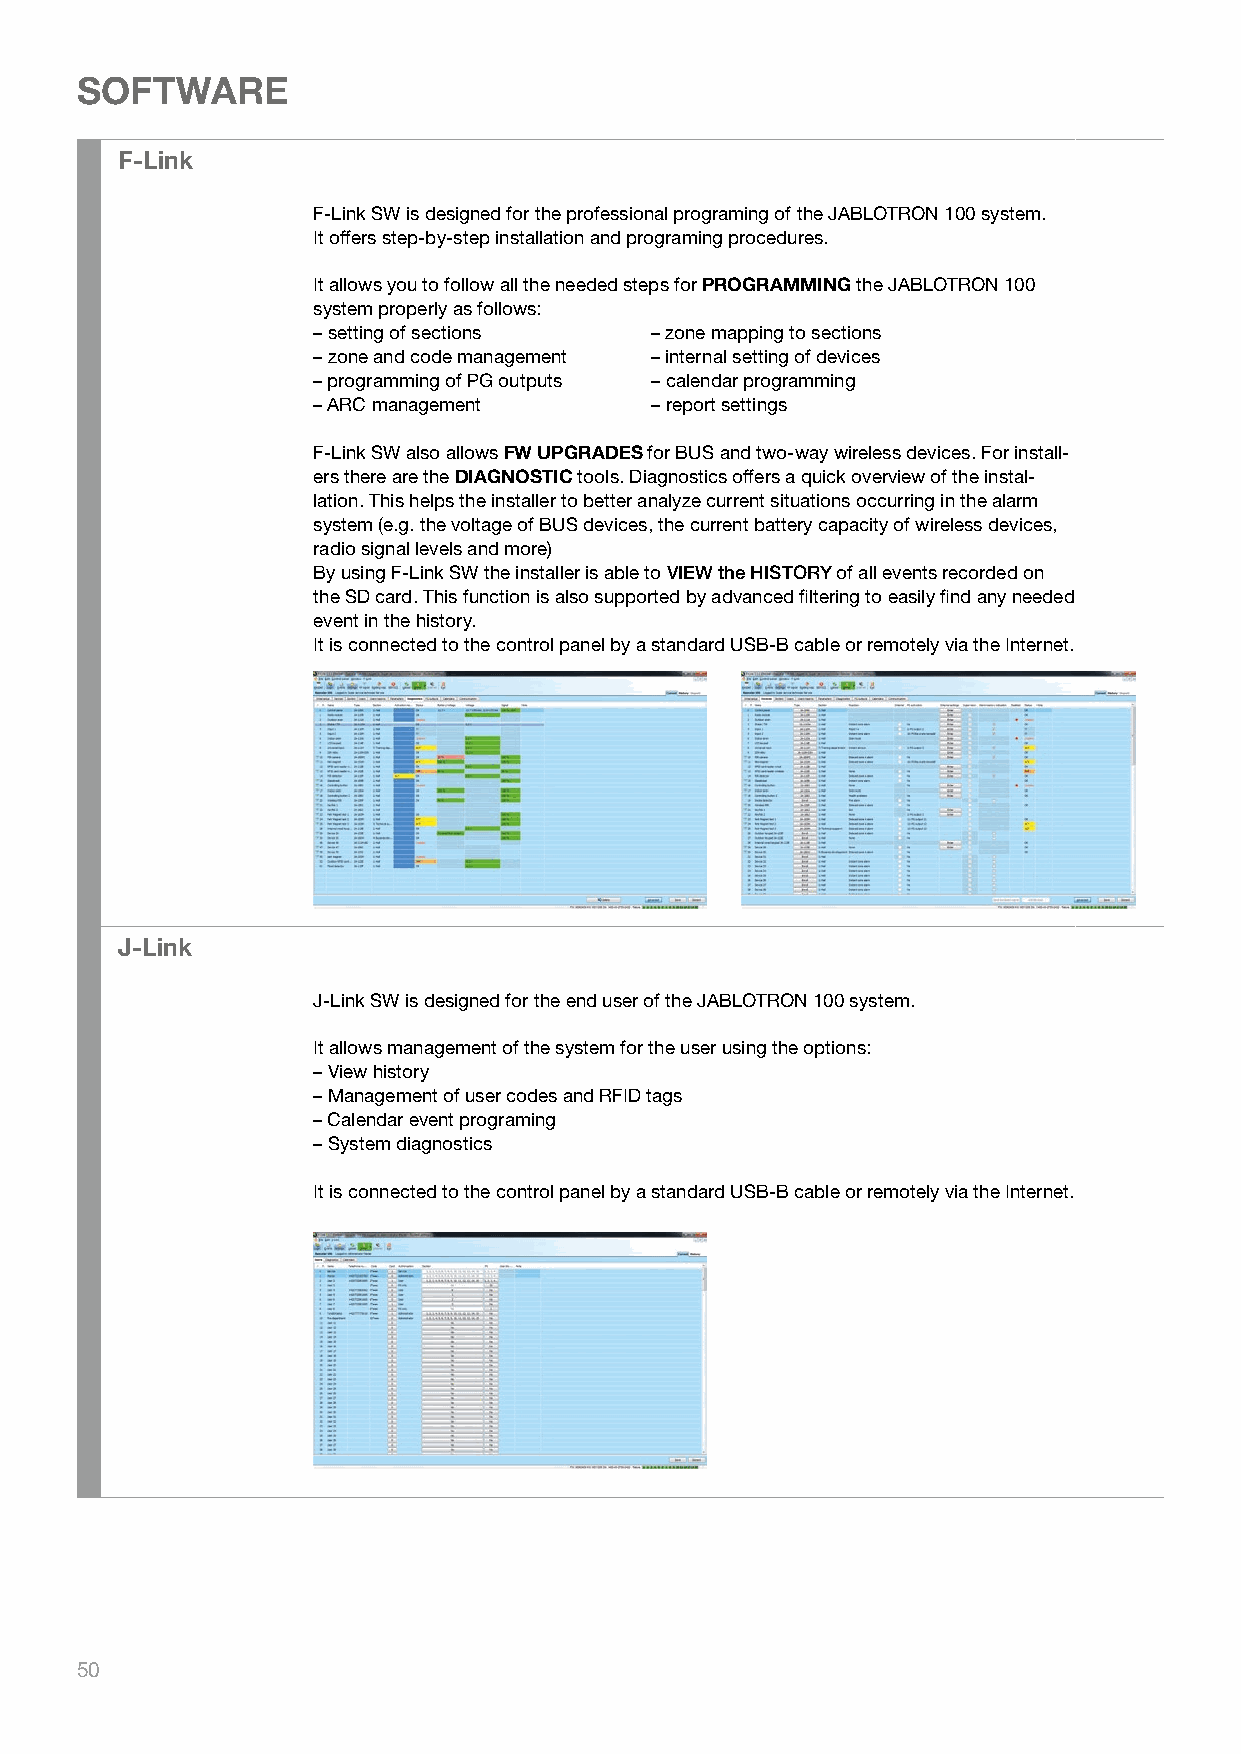
SOFTWARE
 F-Link
 F-Link SW is designed for the professional programing of the JABLOTRON 100 system.
 It offers step-by-step installation and programing procedures.
 It allows you to follow all the needed steps for PROGRAMMING the JABLOTRON 100
 system properly as follows:
 – setting of sections – zone mapping to sections
 – zone and code management – internal setting of devices
 – programming of PG outputs – calendar programming
 – ARC management      – report settings
 F-Link SW also allows FW UPGRADES for BUS and two-way wireless devices. For install-
 ers there are the DIAGNOSTIC tools. Diagnostics offers a quick overview of the instal-
 lation. This helps the installer to better analyze current situations occurring in the alarm
 system (e.g. the voltage of BUS devices, the current battery capacity of wireless devices,
 radio signal levels and more)
 By using F-Link SW the installer is able to VIEW the HISTORY of all events recorded on
 the SD card. This function is also supported by advanced filtering to easily find any needed
 event in the history.
 It is connected to the control panel by a standard USB-B cable or remotely via the Internet.
 J-Link
 J-Link SW is designed for the end user of the JABLOTRON 100 system.
 It allows management of the system for the user using the options:
 – View history
 – Management of user codes and RFID tags
 – Calendar event programing
 – System diagnostics
 It is connected to the control panel by a standard USB-B cable or remotely via the Internet.
 50